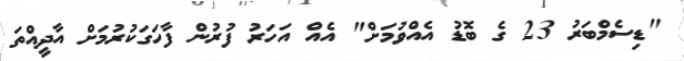
"ޑިސެމްބަރު 23 ގެ ބޮޑު އެއްވުމަށް" އެއް އަހަރު ފުރުން ފާހަގަކުރުމަށް އާދީއްތަ